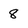
Character: 8